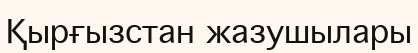
Қырғызстан жазушылары